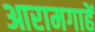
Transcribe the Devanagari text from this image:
आरामगाहें